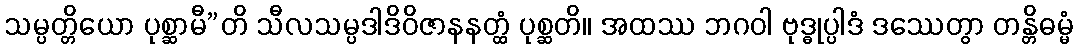
သမ္ပတ္တိယော ပုစ္ဆာမီ”တိ သီလသမ္ပဒါဒိဝိဇာနနတ္ထံ ပုစ္ဆတိ။ အထဿ ဘဂဝါ ဗုဒ္ဓုပ္ပါဒံ ဒဿေတွာ တန္တိဓမ္မံ